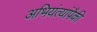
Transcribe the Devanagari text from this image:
अभियंत्यांपैकी